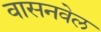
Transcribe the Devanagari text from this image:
वासनवेल